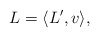
\begin{align*} L=\langle L', v\rangle,\end{align*}